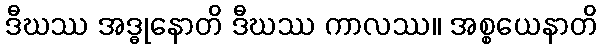
ဒီဃဿ အဒ္ဓုနောတိ ဒီဃဿ ကာလဿ။ အစ္စယေနာတိ